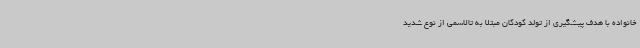
خانواده با هدف پیشگیری از تولد کودکان مبتلا به تالاسمی از نوع شدید